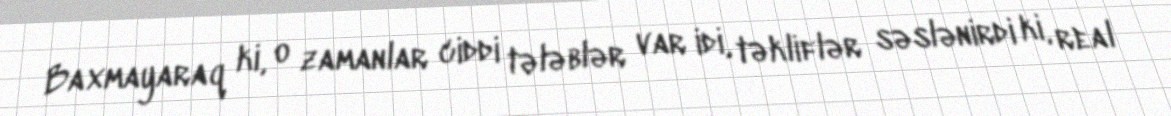
Baxmayaraq ki, o zamanlar ciddi tələblər var idi, təkliflər səslənirdi ki, real